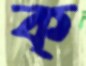
ক্